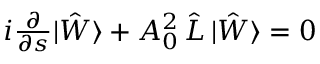
\begin{array} { r } { i \frac { \partial } { \partial s } | \hat { W } \rangle + A _ { 0 } ^ { 2 } \, \hat { L } \, | \hat { W } \rangle = 0 } \end{array}